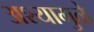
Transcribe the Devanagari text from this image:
अश्यामुळे